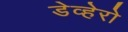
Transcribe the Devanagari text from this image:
डेव्हेरो